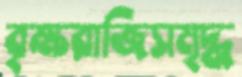
বৃক্ষরাজিসমৃদ্ধ